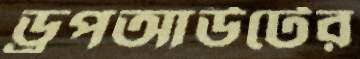
ড্রপআউটের